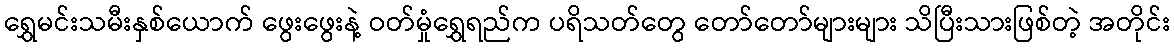
ရွှေမင်းသမီးနှစ်ယောက် ဖွေးဖွေးနဲ့ ဝတ်မှုံရွှေရည်က ပရိသတ်တွေ တော်တော်များများ သိပြီးသားဖြစ်တဲ့ အတိုင်း